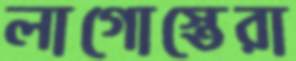
লাগোস্তেরা